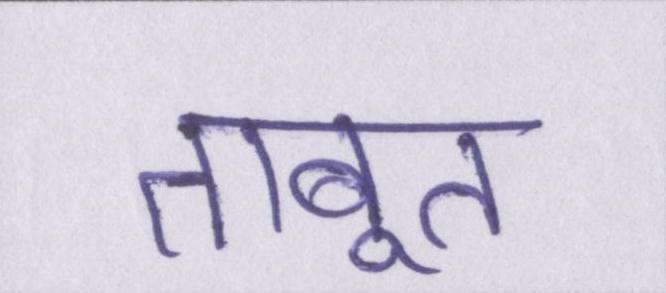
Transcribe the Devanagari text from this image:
ताबूत